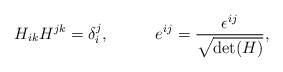
\begin{align*}H_{ik}H^{jk}=\delta_i^j,\;\;\;\;\;\;\;\;\;\;e^{ij}=\frac{\epsilon^{ij} }{\sqrt{\mbox{det}(H)}},\end{align*}